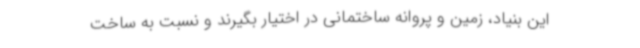
این بنیاد، زمین و پروانه ساختمانی در اختیار بگیرند و نسبت به ساخت